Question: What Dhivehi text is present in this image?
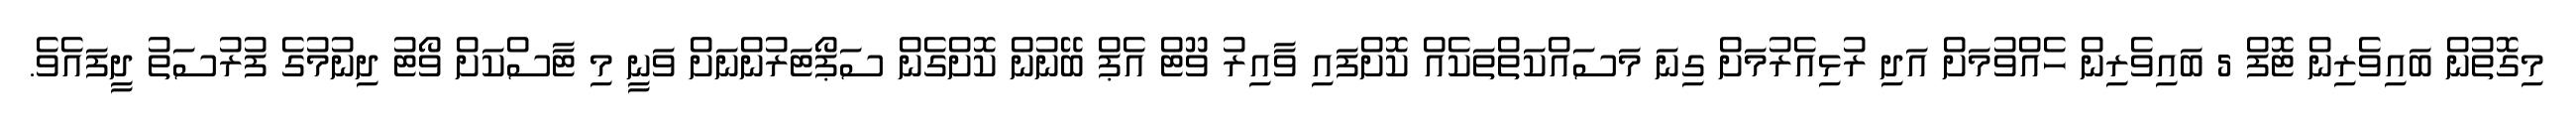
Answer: މިގޮތުން ބައިވެރިން ޓޮފް 5 ބައިވެރިން ހެއްވުމަށް އަދި ރުޅިއެރުމަށް ގިނަ މަސައްކަތްތަކެއް ކޮށްފައި ވާއިރު ވޫޓް އެޕް ބޭނުން ކޮށްގެން ސަޕޯޓަރުންނަށް ވަނީ މި ޓާސްކަށް ވޯޓު ދިނުމުގެ ފުރުސަތު ދީފައެވެ.